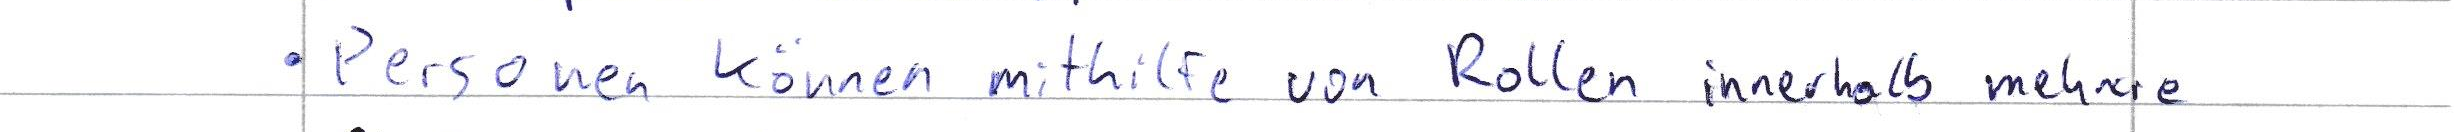
Personen können mithilfe von Rollen innerhalb mehrer